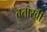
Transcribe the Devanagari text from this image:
बताखी